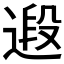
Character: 𮷤